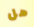
هل